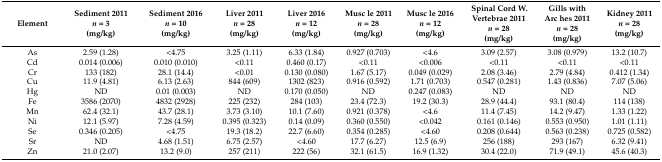
<table><thead><tr><td><b>Element</b></td><td><b>Sediment 2011<i>n</i> = 3(mg/kg)</b></td><td><b>Sediment 2016<i>n</i> = 10(mg/kg)</b></td><td><b>Liver 2011<i>n</i> = 28(mg/kg)</b></td><td><b>Liver 2016<i>n</i> = 12(mg/kg)</b></td><td><b>Musc le 2011<i>n</i> = 28(mg/kg)</b></td><td><b>Musc le 2016<i>n</i> = 12(mg/kg)</b></td><td><b>Spinal Cord W. Vertebrae 2011<i>n</i> = 28(mg/kg)</b></td><td><b>Gills with Arc hes 2011<i>n</i> = 28(mg/kg)</b></td><td><b>Kidney 2011<i>n</i> = 28(mg/kg)</b></td></tr></thead><tbody><tr><td>As</td><td>2.59 (1.28)</td><td>&lt;4.75</td><td>3.25 (1.11)</td><td>6.33 (1.84)</td><td>0.927 (0.703)</td><td>&lt;4.6</td><td>3.09 (2.57)</td><td>3.08 (0.979)</td><td>13.2 (10.7)</td></tr><tr><td>Cd</td><td>0.014 (0.006)</td><td>0.010 (0.010)</td><td>&lt;0.11</td><td>0.460 (0.17)</td><td>&lt;0.11</td><td>&lt;0.006</td><td>&lt;0.11</td><td>&lt;0.11</td><td>&lt;0.11</td></tr><tr><td>Cr</td><td>133 (182)</td><td>28.1 (14.4)</td><td>&lt;0.01</td><td>0.130 (0.080)</td><td>1.67 (5.17)</td><td>0.049 (0.029)</td><td>2.08 (3.46)</td><td>2.79 (4.84)</td><td>0.412 (1.34)</td></tr><tr><td>Cu</td><td>11.9 (4.81)</td><td>6.13 (2.63)</td><td>844 (609)</td><td>1302 (823)</td><td>0.916 (0.592)</td><td>1.71 (0.703)</td><td>0.547 (0.281)</td><td>1.43 (0.836)</td><td>7.07 (5.06)</td></tr><tr><td>Hg</td><td>ND</td><td>0.01 (0.003)</td><td>ND</td><td>0.170 (0.050)</td><td>ND</td><td>0.247 (0.083)</td><td>ND</td><td>ND</td><td>ND</td></tr><tr><td>Fe</td><td>3586 (2070)</td><td>4832 (2928)</td><td>225 (232)</td><td>284 (103)</td><td>23.4 (72.3)</td><td>19.2 (30.3)</td><td>28.9 (44.4)</td><td>93.1 (80.4)</td><td>114 (138)</td></tr><tr><td>Mn</td><td>62.4 (32.1)</td><td>43.7 (28.1)</td><td>3.73 (3.10)</td><td>10.1 (7.60)</td><td>0.921 (0.378)</td><td>&lt;4.6</td><td>11.4 (7.45)</td><td>14.2 (9.47)</td><td>1.33 (1.22)</td></tr><tr><td>Ni</td><td>12.1 (5.97)</td><td>7.28 (4.59)</td><td>0.395 (0.323)</td><td>0.14 (0.09)</td><td>0.360 (0.550)</td><td>&lt;0.042</td><td>0.161 (0.146)</td><td>0.553 (0.950)</td><td>1.01 (1.11)</td></tr><tr><td>Se</td><td>0.346 (0.205)</td><td>&lt;4.75</td><td>19.3 (18.2)</td><td>22.7 (6.60)</td><td>0.354 (0.285)</td><td>&lt;4.60</td><td>0.208 (0.644)</td><td>0.563 (0.238)</td><td>0.725 (0.582)</td></tr><tr><td>Sr</td><td>ND</td><td>4.68 (1.51)</td><td>6.75 (2.57)</td><td>&lt;4.60</td><td>17.7 (6.27)</td><td>12.5 (6.9)</td><td>256 (188)</td><td>293 (167)</td><td>6.32 (9.41)</td></tr><tr><td>Zn</td><td>21.0 (2.07)</td><td>13.2 (9.0)</td><td>257 (211)</td><td>222 (56)</td><td>32.1 (61.5)</td><td>16.9 (1.32)</td><td>30.4 (22.0)</td><td>71.9 (49.1)</td><td>45.6 (40.3)</td></tr></tbody></table>